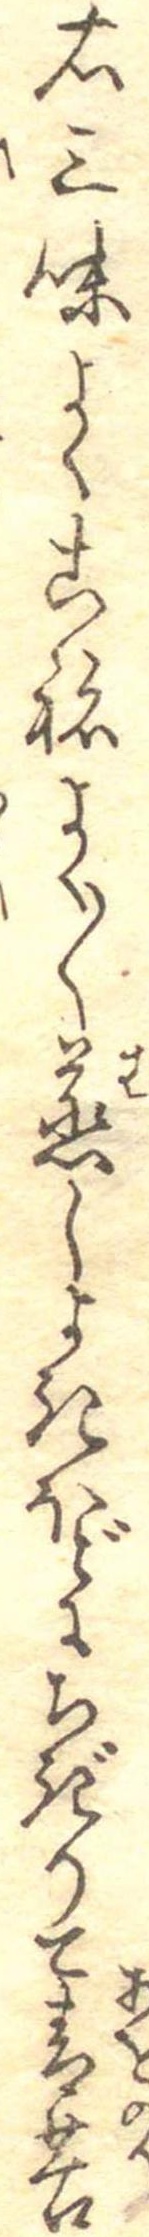
右三味よくこねよく〱蒸しよきほどにちぎりて青苔